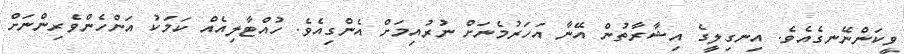
ވީކަންނޭނގެއެވެ. އިނގިލީގެ އިޝާރާތުން އޭނާ އަހަރުމެނަށް ނުރުއިމަށް އެންގިއެވެ. ހުއްޓާލިއެއް ކަމަކު އަންހެންވެރިންނަށް